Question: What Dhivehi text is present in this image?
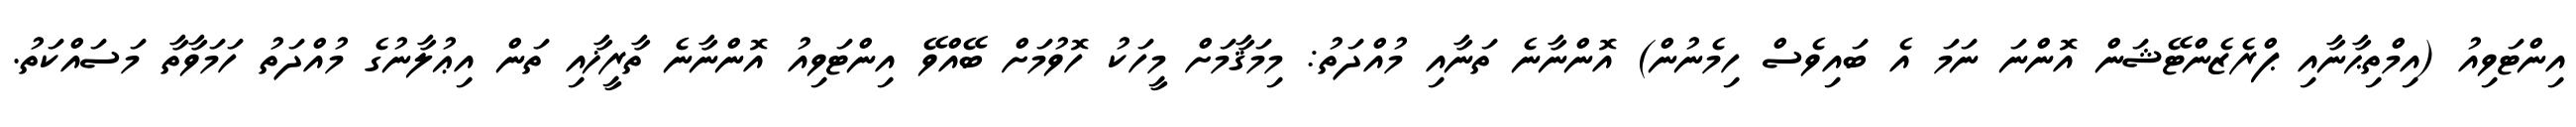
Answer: އިންޓަވިއު (އިމްތިޙާނާއި ޕްރެޒެންޓޭޝަން އޮންނަ ނަމަ އެ ބައިވެސް ހިމެނުން) އޮންނާނެ ތަނާއި މުއްދަތު: މިމަޤާމަށް މީހަކު ހޮވުމަށް ބޭއްވޭ އިންޓަވިއު އޮންނާނެ ތާރީޚާއި ތަން އިޢުލާނުގެ މުއްދަތު ހަމަވާތާ މަސައްކަތު.